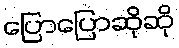
ပြောပြောဆိုဆို